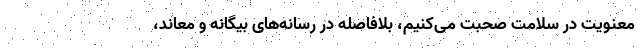
معنویت در سلامت صحبت می‌کنیم، بلافاصله در رسانه‌های بیگانه و معاند،